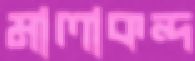
মালাকন্দ